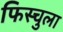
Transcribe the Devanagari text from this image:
फिस्‍चुला